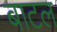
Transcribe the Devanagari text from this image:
बाटल